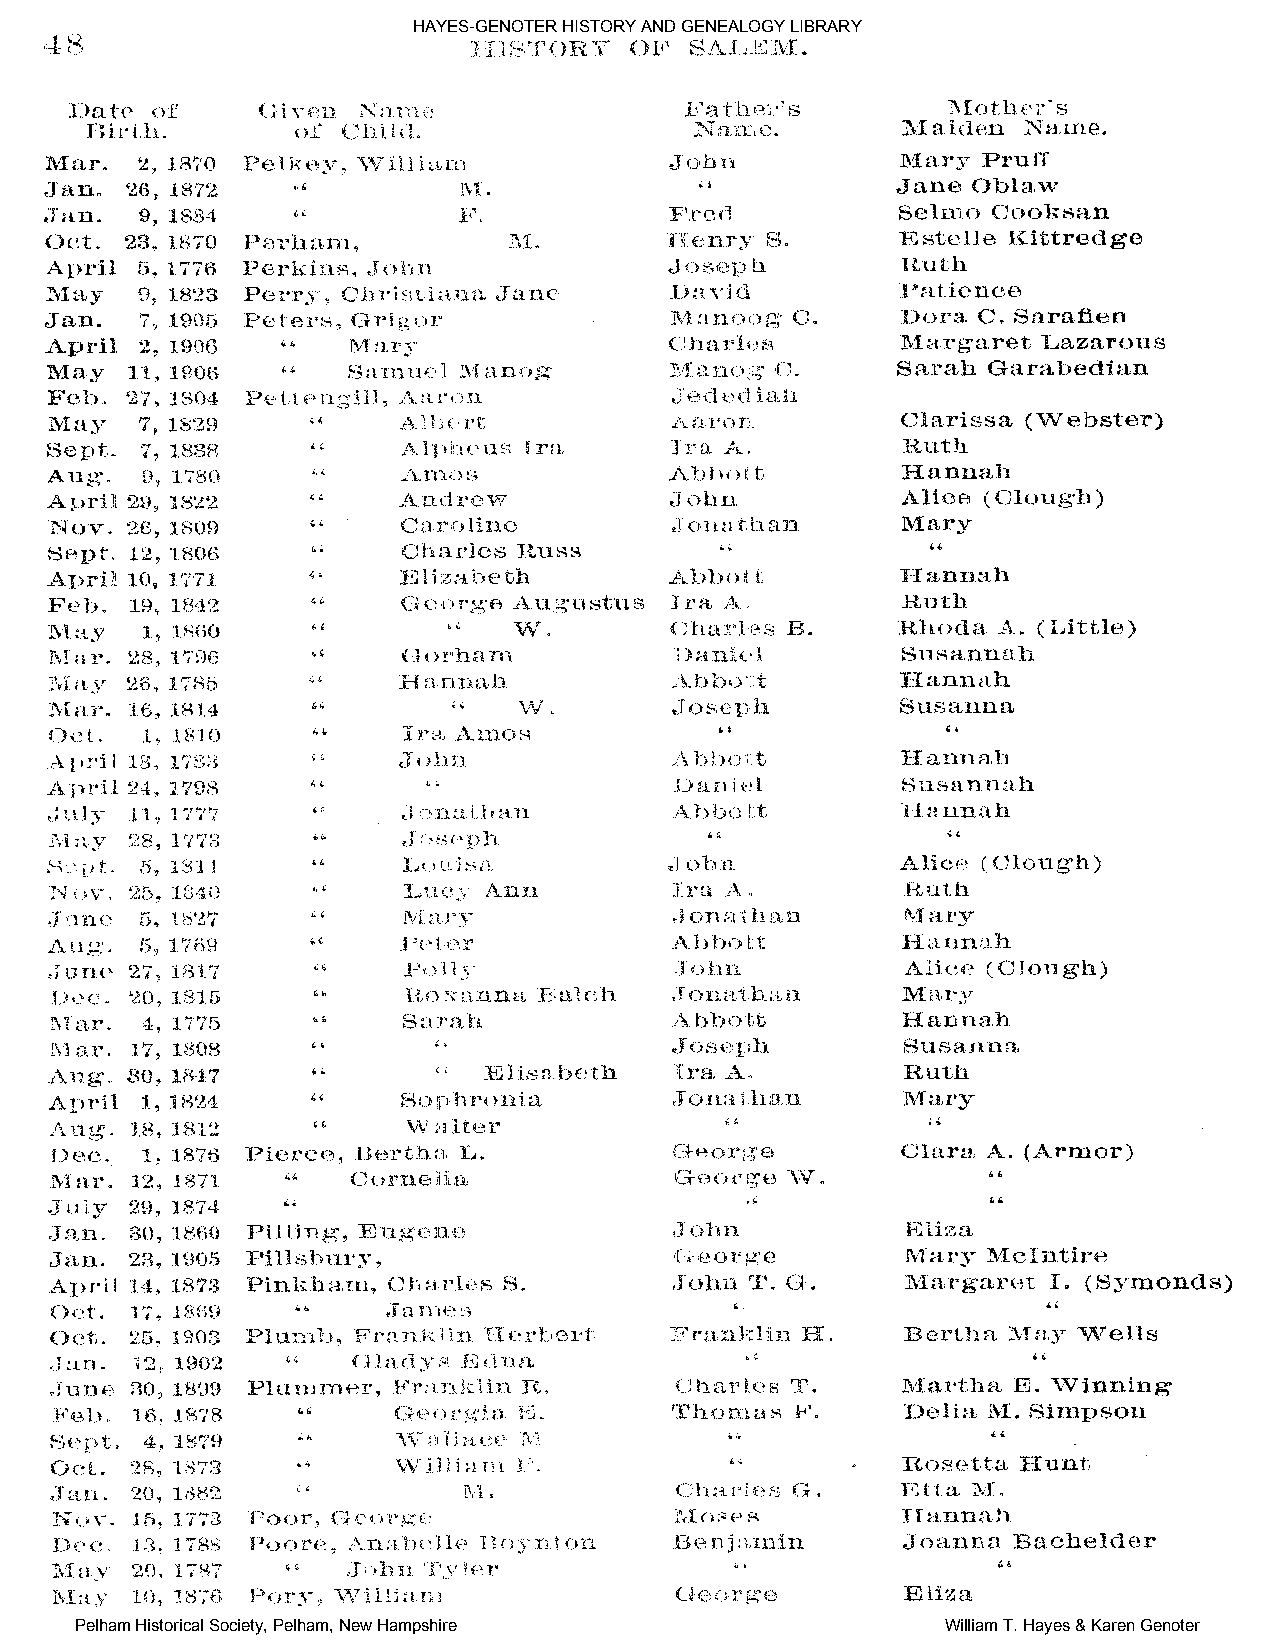
HAYES-GENOTER HISTORY AND GENEALOGY LIBRARY
 Pelham Historical Society, Pelham, New Hampshire          William T. Hayes & Karen Genoter